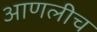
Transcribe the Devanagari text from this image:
आणलीच